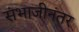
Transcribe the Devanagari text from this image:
संभाजीनंतर